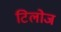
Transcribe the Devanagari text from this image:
टिलोज